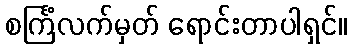
စင်္ကြံလက်မှတ် ရောင်းတာပါရှင်။